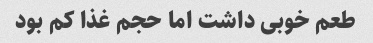
طعم خوبی داشت اما حجم غذا کم بود